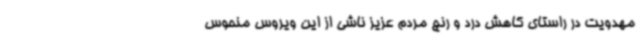
مهدویت در راستای کاهش درد و رنج مردم عزیز ناشی از این ویروس منحوس